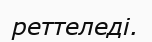
реттеледі.